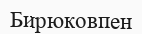
Бирюковпен